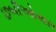
છબીઓમારા